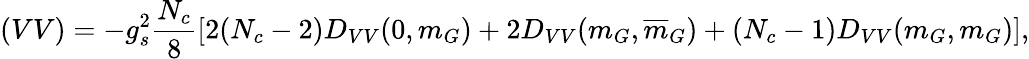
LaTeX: (VV)=-g_{s}^{2}{\frac{N_{c}}{8}}[2(N_{c}-2)D_{VV}(0,m_{G})+2D_{VV}(m_{G},\overline{{{m}}}_{G})+(N_{c}-1)D_{VV}(m_{G},m_{G})],